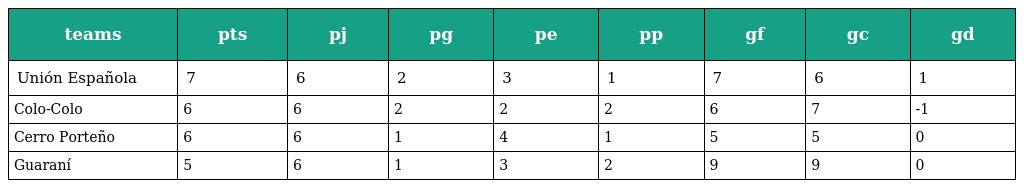
| teams | pts | pj | pg | pe | pp | gf | gc | gd |
 | --- | --- | --- | --- | --- | --- | --- | --- | --- |
 | Unión Española | 7 | 6 | 2 | 3 | 1 | 7 | 6 | 1 |
 | Colo-Colo | 6 | 6 | 2 | 2 | 2 | 6 | 7 | -1 |
 | Cerro Porteño | 6 | 6 | 1 | 4 | 1 | 5 | 5 | 0 |
 | Guaraní | 5 | 6 | 1 | 3 | 2 | 9 | 9 | 0 |